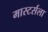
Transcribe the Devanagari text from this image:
मास्टर्सला